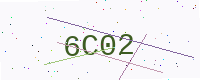
Text: 6C02